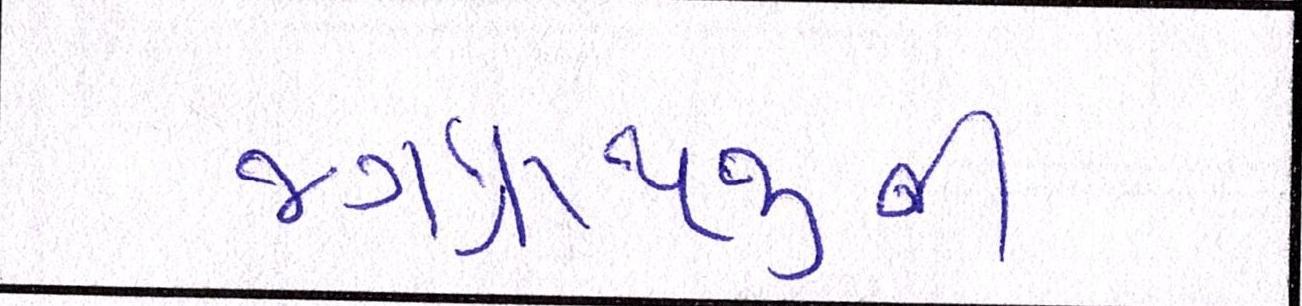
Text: જગન્નાથજીની